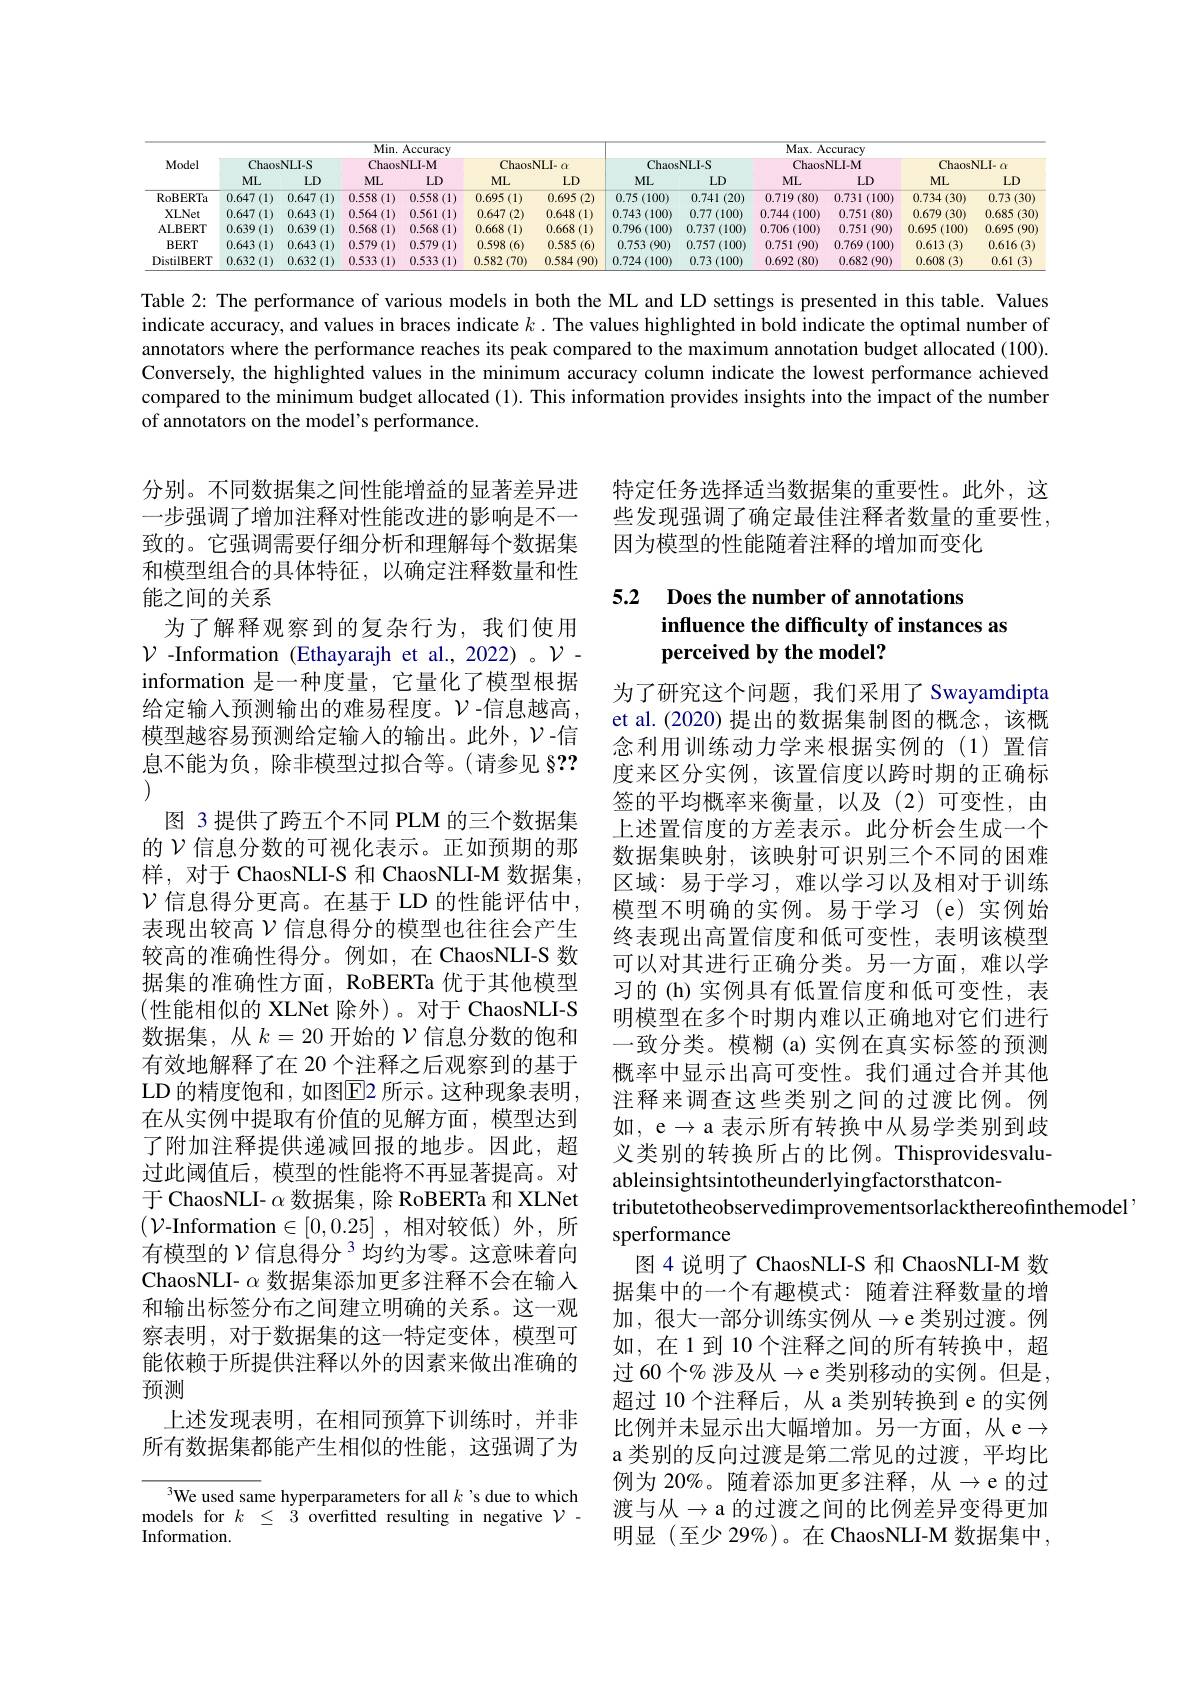
<table>
	<tbody>
		<tr>
			<th rowspan="3">Model</th>
			<th colspan="6">Min. Accuracy</th>
			<th colspan="6">Max. Accuracy</th>
		</tr>
		<tr>
			<th colspan="2">ChaosNLI-S</th>
			<th colspan="2">ChaosNLI-M</th>
			<th colspan="2">ChaosNLI- $\alpha$</th>
			<th colspan="2">ChaosNLI-S</th>
			<th colspan="2">ChaosNLI-M</th>
			<th colspan="2">ChaosNLI- $\alpha$</th>
		</tr>
		<tr>
			<th>$ML$</th>
			<th>$LD$</th>
			<th>$ML$</th>
			<th>LD</th>
			<th>$ML$</th>
			<th>$LD$</th>
			<th>$ML$</th>
			<th>$LD$</th>
			<th>$ML$</th>
			<th>$LD$</th>
			<th>$ML$</th>
			<th>$LD$</th>
		</tr>
		<tr>
			<td>RoBERTa</td>
			<td>0.647 (1)</td>
			<td>0.647 (1)</td>
			<td>0.558 (1</td>
			<td>0.558 $(1^{\cdot}$</td>
			<td>0.695 (1)</td>
			<td>0.695 (2)</td>
			<td>0.75 (100)</td>
			<td>0.741 (20)</td>
			<td>0.719 (80)</td>
			<td>0.731 (100)</td>
			<td>0.734(30)</td>
			<td>0.73(30)</td>
		</tr>
		<tr>
			<td>XLNet</td>
			<td>0.647 (1)</td>
			<td>0.643 (1) 1</td>
			<td>0.564 (1)</td>
			<td>0.561 (1)</td>
			<td>0.647 (2)</td>
			<td>0.648 (1)</td>
			<td>0.743 (100)</td>
			<td>0.77(100)</td>
			<td>0.744 (100)</td>
			<td>0.751 (80)</td>
			<td>)(30) 0.679</td>
			<td>0.685 (30)</td>
		</tr>
		<tr>
			<td>ALBERT</td>
			<td>0.639 $(1)^{*}$</td>
			<td>0.639 (1)</td>
			<td>0.568 1</td>
			<td>0.568 1</td>
			<td>0.668 (1)</td>
			<td>0.668 11</td>
			<td>0.796 (100)</td>
			<td>0.737 (100)</td>
			<td>0.706 (100)</td>
			<td>0.751 (90)</td>
			<td>0.695 (100)</td>
			<td>0.695 (90)</td>
		</tr>
		<tr>
			<td>$\mathbf{BERT}$</td>
			<td>0.643 (1)</td>
			<td>0.643 (1)</td>
			<td>0.579 (1)</td>
			<td>0.579 (1)</td>
			<td>0.598</td>
			<td>0.585 (6)</td>
			<td>0.753 (90)</td>
			<td>0.757 (100)</td>
			<td>(90) 0.751</td>
			<td>0.769 (100)</td>
			<td>0.613(3)</td>
			<td>0.616(3)</td>
		</tr>
		<tr>
			<td>DistilBERT</td>
			<td>0.632 (1)</td>
			<td>0.632 (1)</td>
			<td>0.533 (1)</td>
			<td>0.533 (1)</td>
			<td>1.582 (70)</td>
			<td>0.584 (90)</td>
			<td>0.724 (100)</td>
			<td>3(100) 0.73</td>
			<td>0.692 (80)</td>
			<td>0.682 (90)</td>
			<td>0.608 (3)</td>
			<td>0.61 (3)</td>
		</tr>
	</tbody>
</table>

Table 2: The performance of various models in both the ML and LD settings is presented in this table. Values indicate accuracy, and values in braces indicate $k.$ The values highlighted in bold indicate the optimal number of annotators where the performance reaches its peak compared to the maximum annotation budget allocated (100). Conversely, the highlighted values in the minimum accuracy column indicate the lowest performance achieved compared to the minimum budget allocated (1). This information provides insights into the impact of the number of annotators on the model's performance.

特定任务选择适当数据集的重要性。此外，这些发现强调了确定最佳注释者数量的重要性， 因为模型的性能随着注释的增加而变化

# 5.2 Does the number of annotations influence the difficulty of instances as perceived by the model?

分别。不同数据集之间性能增益的显著差异进一步强调了增加注释对性能改进的影响是不一致的。它强调需要仔细分析和理解每个数据集和模型组合的具体特征，以确定注释数量和性能之间的关系
为了解释观察到的复杂行为，我们使用$\mathcal{V}$ -Information (Ethayarajh et al.,2022)。$\mathcal{V}$- information 是一种度量，它量化了模型根据给定输入预测输出的难易程度。$\mathcal{V}$-信息越高， 模型越容易预测给定输入的输出。此外，$\mathcal{V}$-信息不能为负，除非模型过拟合等。(请参见 §?? (1)
图 3 提供了跨五个不同 PLM 的三个数据集的$\mathcal{V}$信息分数的可视化表示。正如预期的那样，对于 ChaosNLI-S 和 ChaosNLI-M 数据集， $\mathcal{V}$ 信息得分更高。在基于 LD 的性能评估中， 表现出较高$\mathcal{V}$信息得分的模型也往往会产生较高的准确性得分。例如，在 ChaosNLI-S 数据集的准确性方面，RoBERTa 优于其他模型(性能相似的 XLNet 除外)。对于 ChaosNLI-S 数据集，从$k=20$开始的$\mathcal{V}$信息分数的饱和有效地解释了在 20 个注释之后观察到的基于LD 的精度饱和 , 如图E[2 所示。这种现象表明 , 在从实例中提取有价值的见解方面，模型达到了附加注释提供递减回报的地步。因此，超过此阈值后，模型的性能将不再显著提高。对于 ChaosNLI- $\alpha$数据集，除 RoBERTa 和 XLNet $(\mathcal{V}$-Information$\in[0,0.25]$,相对较低)外，所有模型的$\mathcal{V} \text{ 信 息 得 分 }^{3}$均约为零。这意味着向ChaosNLI- $\alpha$数据集添加更多注释不会在输入和输出标签分布之间建立明确的关系。这一观察表明，对于数据集的这一特定变体，模型可能依赖于所提供注释以外的因素来做出准确的预测
上述发现表明，在相同预算下训练时，并非所有数据集都能产生相似的性能，这强调了为

为了研究这个问题，我们采用了 Swayamdipta et al. (2020) 提出的数据集制图的概念，该概念利用训练动力学来根据实例的(1)置信度来区分实例，该置信度以跨时期的正确标签的平均概率来衡量，以及(2)可变性，由上述置信度的方差表示。此分析会生成一个数据集映射，该映射可识别三个不同的困难区域：易于学习，难以学习以及相对于训练模型不明确的实例。易于学习(e)实例始终表现出高置信度和低可变性，表明该模型可以对其进行正确分类。另一方面，难以学习的(h)实例具有低置信度和低可变性，表明模型在多个时期内难以正确地对它们进行一致分类。模糊 (a) 实例在真实标签的预测概率中显示出高可变性。我们通过合并其他注释来调查这些类别之间的过渡比例。例如，e$\to$a 表示所有转换中从易学类别到歧义类别的转换所占的比例。Thisprovidesvaluableinsightsintotheunderlyingfactorsthatcon-
tributetotheobservedimprovementsorlackthereofinthemodel'
sperformance
图 4 说明了 ChaosNLI-S 和 ChaosNLI-M 数据集中的一个有趣模式：随着注释数量的增加，很大一部分训练实例从$\to$e 类别过渡。例如，在1到10个注释之间的所有转换中，超过 60 个% 涉及从$\to$e 类别移动的实例。但是， 超过 10 个注释后，从 a 类别转换到 e 的实例比例并未显示出大幅增加。另一方面，从 e$\to$ a 类别的反向过渡是第二常见的过渡，平均比例为 20%。随着添加更多注释，从$\to$e 的过渡与从$\to$a 的过渡之间的比例差异变得更加明显(至少 29%)。在 ChaosNLI-M 数据集中，

$^{3}$We used same hyperparameters for all $k$'s due to which models for $k\leq3$ overfitted resulting in negative $\mathcal{V}-$ Information.